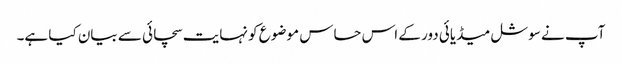
آپ نے سوشل میڈیائی دور کے اس حساس موضوع کو نہایت سچائی سے بیان کیا ہے۔